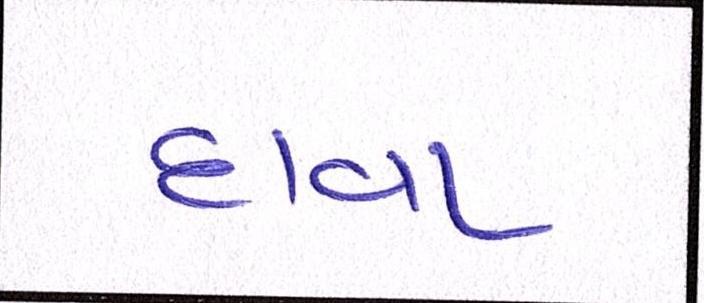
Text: દાવા